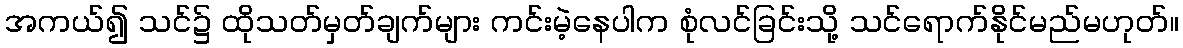
အကယ်၍ သင်၌ ထိုသတ်မှတ်ချက်များ ကင်းမဲ့နေပါက စုံလင်ခြင်းသို့ သင်ရောက်နိုင်မည်မဟုတ်။